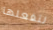
لتفعلها